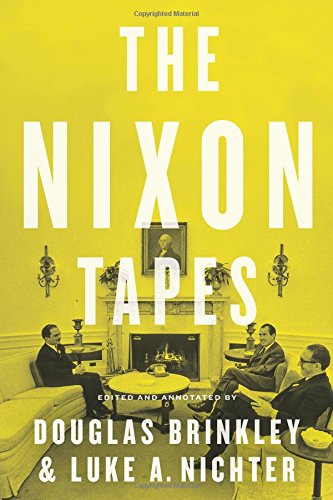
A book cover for The Nixon Tapes: 1971-1972; Douglas Brinkley; History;